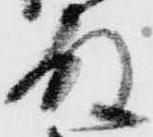
殿